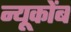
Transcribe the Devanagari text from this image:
न्यूकोंब